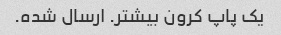
یک پاپ کرون بیشتر. ارسال شده.